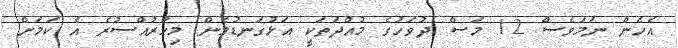
އެހެން ނަމަވެސް 12 މަސް ދުވަހުގެ މުއްދަތަކީ އަޅުގަނޑުމެން މިހާރުއްސުރެ އެ ކަމަށް